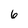
Character: 6